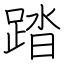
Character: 踏